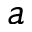
a